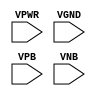
module sky130_fd_sc_ms__tap (
    VPWR,
    VGND,
    VPB ,
    VNB
);

    // Module ports
    input VPWR;
    input VGND;
    input VPB ;
    input VNB ;
     // No contents.
endmodule